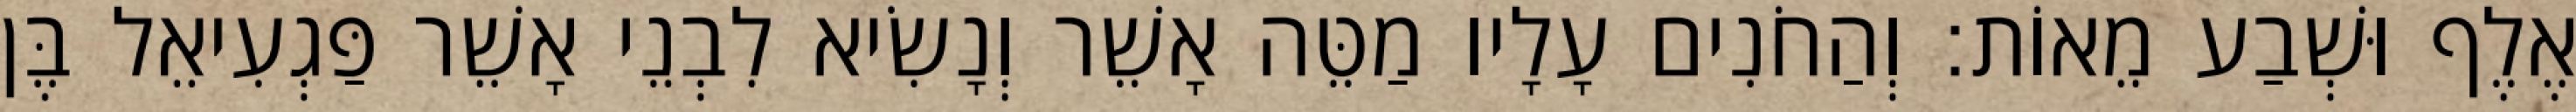
אֶלֶף וּשְׁבַע מֵאוֹת׃ וְהַחֹנִים עָלָיו מַטֵּה אָשֵׁר וְנָשִׂיא לִבְנֵי אָשֵׁר פַּגְעִיאֵל בֶּן